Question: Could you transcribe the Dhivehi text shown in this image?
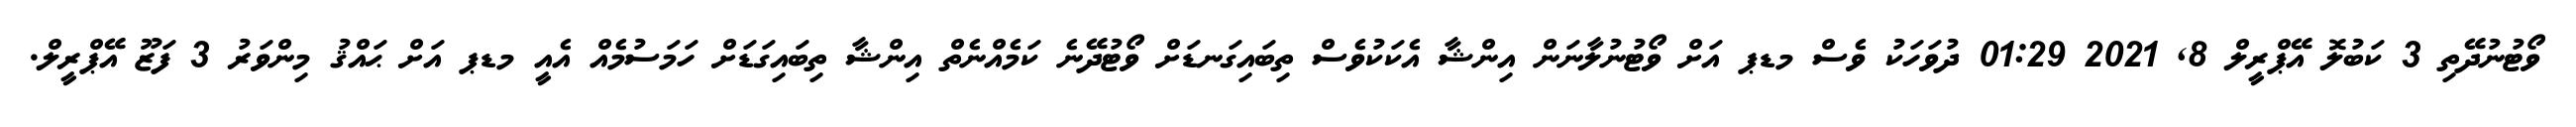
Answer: ވޯޓުނުދޭތި 3 ކަބުލޮ އޭޕްރީލް 8, 2021 01:29 ދުވަހަކު ވެސް މޑޕ އަށް ވޯޓުނުލާނަން އިންޝާ އެކަކުވެސް ތިބައިގަނޑަށް ވޯޓުދޭނެ ކަމެއްނެތް އިންޝާ ތިބައިގަޑަށް ހަމަސުމެއް އެއީ މޑޕ އަށް ޙައްޤު މިންވަރު 3 ފަޒޫ އޭޕްރީލް.